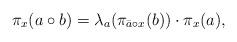
LaTeX: \begin{align*}\pi_x(a\circ b) = \lambda_a(\pi_{\bar{a}\circ x}(b))\cdot \pi_x(a),\end{align*}